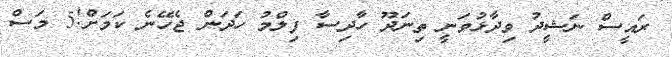
ރައީސް ނަޝީދު ވިދާޅުވަނީ ތިނަދޫ ހާދިސާ ފިލްމު ހަދަން ޖެހޭނެ ކަމަށް!5 މަސް